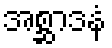
အစ္ဆာဒနံ